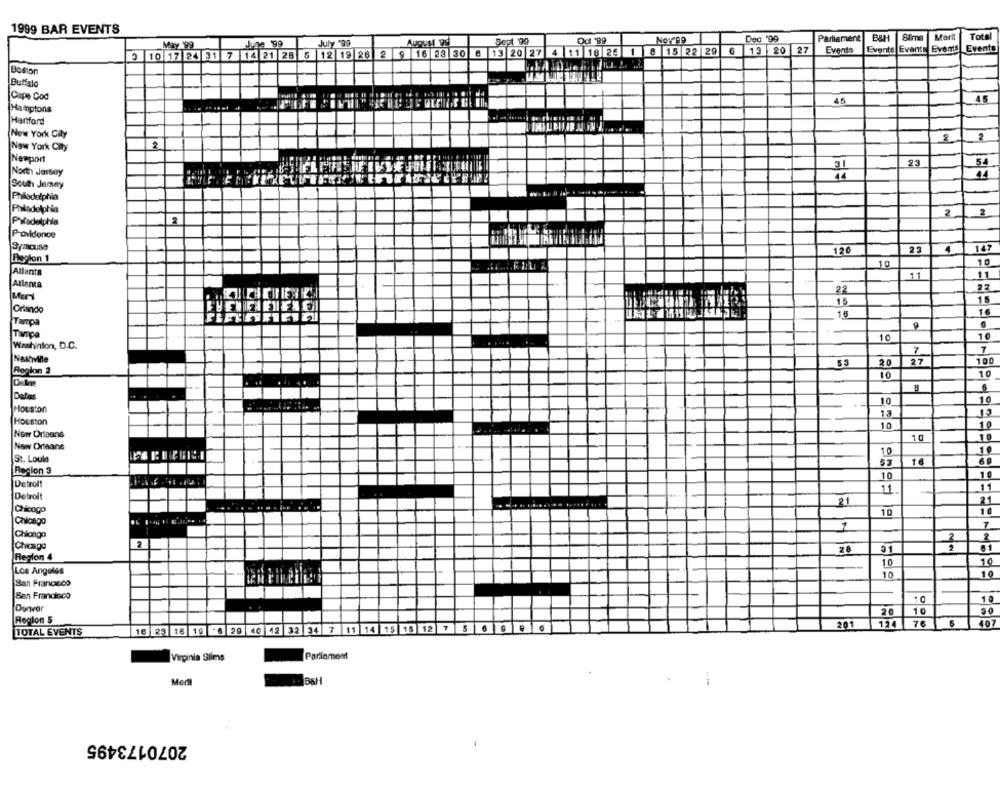
1999 BAR EVENTS
68. PO
Sept '99
Nov 99
Dec '99
Parliament
BAH
Sims
Merit
Total
C
May 199
June 99
July '99
August 99
Evente Events Events
Events
10 17 24 31 7 14 21 28 5 12 19 26 2 9 16 23 30 6 13 20 27 4 11 18 26 1 8 15 22 29 6
13 20 27
Events
Boston
Buffalo
45
Cape Cod
45
Hamptons
Hartford
New York Caly
2
2
New York City
2
Newport
23
54
North Jersey
South Jemay
Philadelphia
Phindelphia
2
2
Pradelphia
2
Providence
Syracuse
120
23
4
147
Region 1
10
10
Allanta
11
11
Atlanta
22
22
Mert
15
15
Orlando
16
16
Tampa
9
Tvrça
10
10
Washinton, D.C.
7
7
Nashville
53
20
27
100
Replon 2
10
10
6
10
10
Houston
--
13
Houston
10
10
New Orleans
10
New Orleans
10
10
St. Loule
53
16
Region 3
10
10
Detrolt
11.
11
Detroit
21
2
Chicago
10
10
Chicago
1
7
CHlongo
2
Chicago
2
81
28
31
Region 4
10
10
Los Angeles
10
10
San Francisco
San Francisco
10
Ogaver
10
20
Region 5
201
124
76
407
TOTAL EVENTS
16 23 16 19 -6 29 40 42 32 34 7 11 14 15 15 12 7 5 6 9 9 6
Virginia Silms
Parliament
Mert
2070173495